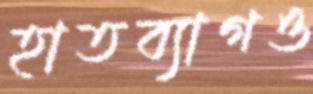
হাতব্যাগও